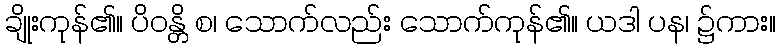
ချိုးကုန်၏။ ပိဝန္တိ စ၊ သောက်လည်း သောက်ကုန်၏။ ယဒါ ပန၊ ၌ကား။